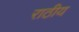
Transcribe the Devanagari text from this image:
राठीय